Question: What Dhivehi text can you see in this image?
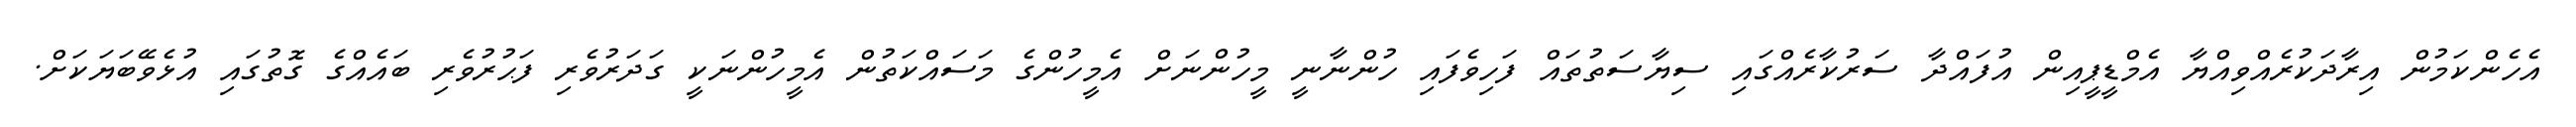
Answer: އެހެންކަމުން އިރާދަކުރެއްވިއްޔާ އެމްޑީޕީއިން އުފައްދާ ސަރުކާރެއްގައި ސިޔާސަތުތައް ފަހިވެފައި ހުންނާނީ މީހުންނަށް އެމީހުންގެ މަސައްކަތުން އެމީހުންނަކީ ގަދަރުވެރި ފަޙުރުވެރި ބައެއްގެ ގޮތުގައި އުޅެވޭބަޔަކަށް.